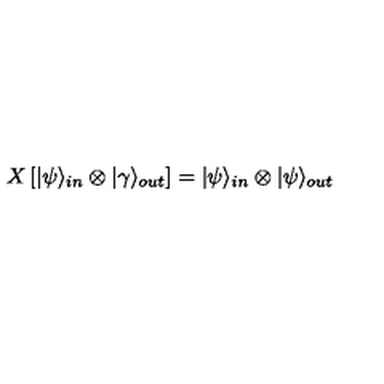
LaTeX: X \left[ | \psi \rangle _ { i n } \otimes | \gamma \rangle _ { o u t } \right] = | \psi \rangle _ { i n } \otimes | \psi \rangle _ { o u t }